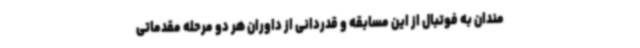
مندان به فوتبال از این مسابقه و قدردانی از داوران هر دو مرحله مقدماتی